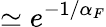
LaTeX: \simeq e^{-1/\alpha_{F}}